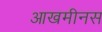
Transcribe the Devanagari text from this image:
आखमीनस